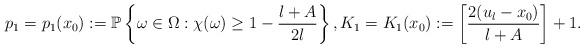
LaTeX: \begin{align*}p_1=p_1(x_0):=\mathbb P\left\{\omega\in \Omega: \chi(\omega)\ge 1-\frac{l+A}{2l} \right\}, K_1=K_1(x_0):=\left[\frac{2(u_l-x_0)}{l+A}\right]+1.\end{align*}